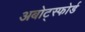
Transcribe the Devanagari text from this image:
अबोट्स्फोर्ड